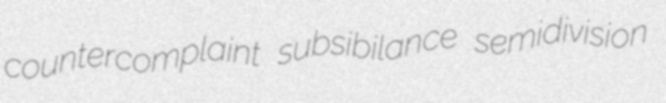
countercomplaint subsibilance semidivision